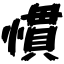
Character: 慣